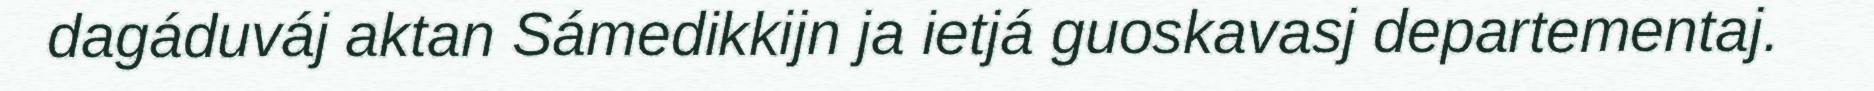
dagáduváj aktan Sámedikkijn ja ietjá guoskavasj departementaj.